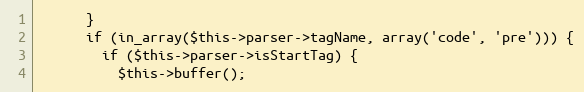
Language: PHP
      }
      if (in_array($this->parser->tagName, array('code', 'pre'))) {
        if ($this->parser->isStartTag) {
          $this->buffer();